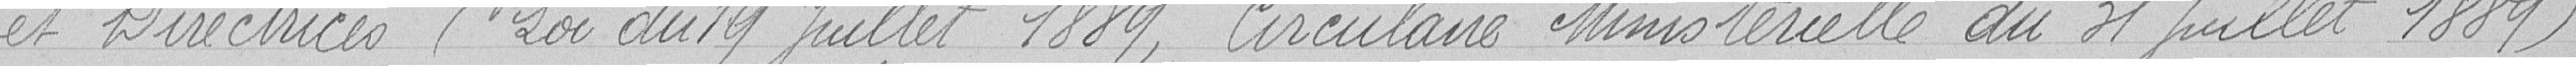
et Directrices (Loi du 19 Juillet 1889, Circulaire Ministérielle du 31 Juillet 1889).